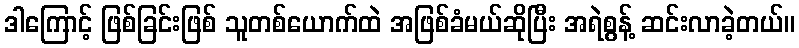
ဒါကြောင့် ဖြစ်ခြင်းဖြစ် သူတစ်ယောက်ထဲ အဖြစ်ခံမယ်ဆိုပြီး အရဲစွန့် ဆင်းလာခဲ့တယ်။